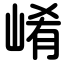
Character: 崤